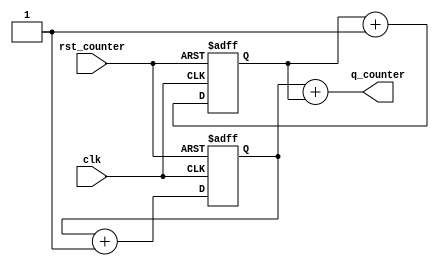
`timescale 1ns / 1ps
//////////////////////////////////////////////////////////////////////////////////
// Company: Rapid Silicon
// 
// Design Name: 
// Module Name: counterupn_1clk_dualedge_async_resetp
// Project Name: 
// Target Devices: 
// Tool Versions: 
// Description: 
// 
// Dependencies: 
// 
// Revision:
// Revision 0.01 - File Created
// Additional Comments:
// 
//////////////////////////////////////////////////////////////////////////////////


module counterupn_1clk_dualedge_async_resetp(clk, q_counter, rst_counter);
    
    parameter n = 12;
    input clk;
    input rst_counter;
    output [n-1:0] q_counter;
    reg [n-1:0] q_counter1,q_counter2;
 
    always @ (posedge clk or posedge rst_counter)
        begin
            if(rst_counter)
	    	    q_counter1 <= 0;
	        else
	    	    q_counter1 <= q_counter1 + 1;
        end
    
    always @ (negedge clk or posedge rst_counter)
        begin
            if(rst_counter)
                q_counter2 <= 0;
            else
                q_counter2 <= q_counter2 + 1;
        end

    assign q_counter = q_counter1 + q_counter2;
    
endmodule